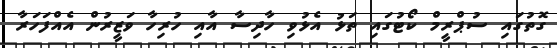
ގޮތުގައި ސުޕްރީމް ކޯޓުގައި ތަޅު އެޅުވި ހާދިސާ އާއި ހުރިހާ ވަޒީރުން އެއްފަހަރާ